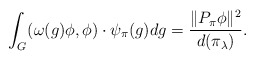
\begin{align*}\int_G(\omega(g)\phi,\phi) \cdot \psi_{\pi}(g)dg =\frac{\|P_\pi\phi\|^2}{d(\pi_\lambda)}.\end{align*}